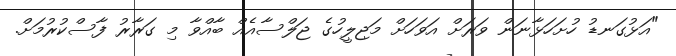
"އަޅުގަނޑު ހުށަހަޅާނަން ވަރަށް އަވަހަށް މަޖިލީހުގެ ޖަލްސާއެއް ބާއްވާ މި ގަރާރު ފާސްކުރުމަށް.